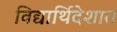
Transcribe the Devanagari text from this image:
विद्यार्थिदेशात